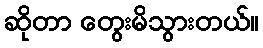
ဆိုတာ တွေးမိသွားတယ်။